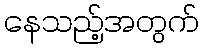
နေသည့်အတွက်